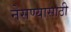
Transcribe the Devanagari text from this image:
नेसण्यासाठी